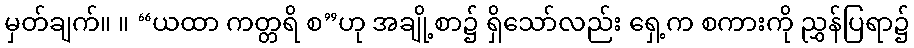
မှတ်ချက်။ ။ “ယထာ ကတ္တရိ စ”ဟု အချို့စာ၌ ရှိသော်လည်း ရှေ့က စကားကို ညွှန်ပြရာ၌